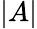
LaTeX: |A|